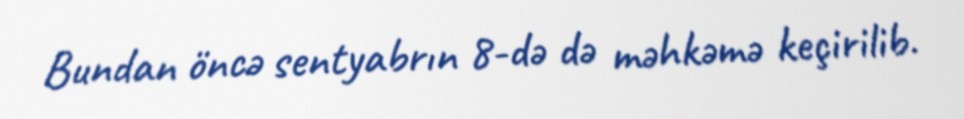
Bundan öncə sentyabrın 8-də də məhkəmə keçirilib.